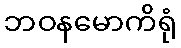
ဘဝနမောကိရုံ